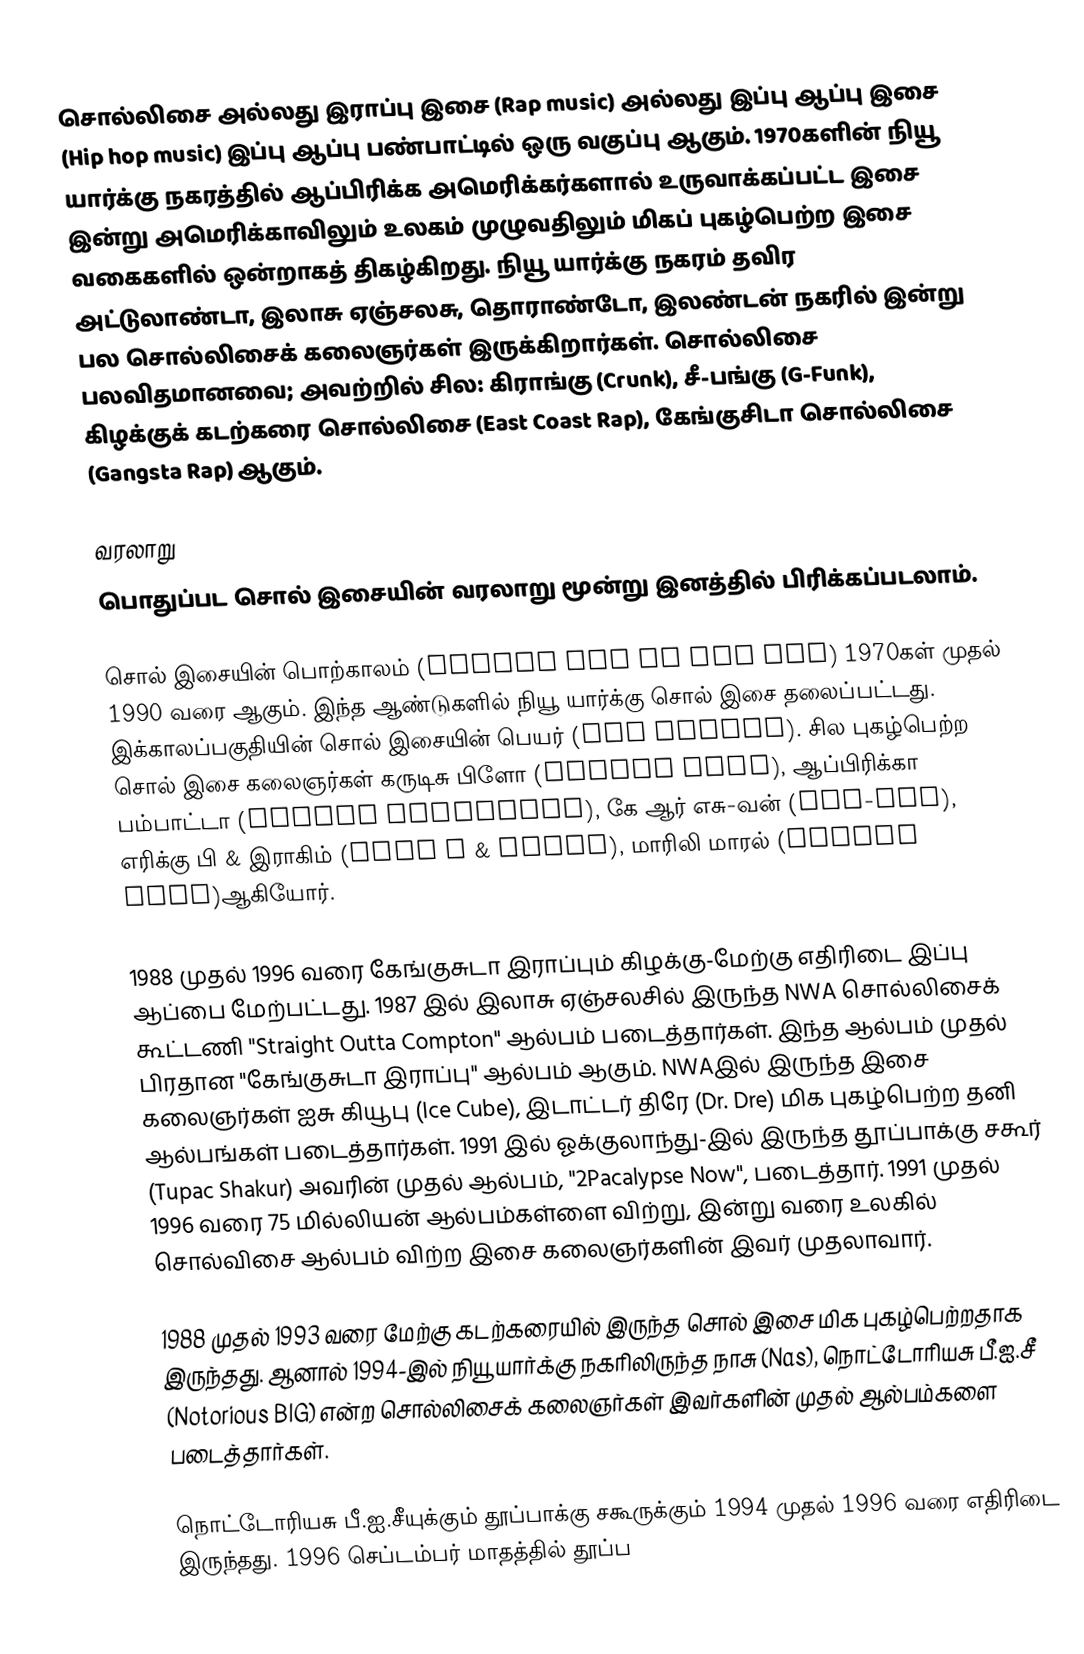
சொல்லிசை அல்லது இராப்பு இசை (Rap music) அல்லது இப்பு ஆப்பு இசை (Hip hop music) இப்பு ஆப்பு பண்பாட்டில் ஒரு வகுப்பு ஆகும். 1970களின் நியூ யார்க்கு நகரத்தில் ஆப்பிரிக்க அமெரிக்கர்களால் உருவாக்கப்பட்ட இசை இன்று அமெரிக்காவிலும் உலகம் முழுவதிலும் மிகப் புகழ்பெற்ற இசை வகைகளில் ஒன்றாகத் திகழ்கிறது. நியூ யார்க்கு நகரம் தவிர அட்டுலாண்டா, இலாசு ஏஞ்சலசு, தொராண்டோ, இலண்டன் நகரில் இன்று பல  சொல்லிசைக் கலைஞர்கள் இருக்கிறார்கள். சொல்லிசை பலவிதமானவை; அவற்றில் சில: கிராங்கு (Crunk), சீ-பங்கு (G-Funk), கிழக்குக் கடற்கரை சொல்லிசை (East Coast Rap), கேங்குசிடா சொல்லிசை (Gangsta Rap) ஆகும்.

வரலாறு
பொதுப்பட சொல் இசையின் வரலாறு மூன்று இனத்தில் பிரிக்கப்படலாம்.

சொல் இசையின் பொற்காலம் (Golden Age of Hip Hop) 1970கள் முதல் 1990 வரை ஆகும். இந்த ஆண்டுகளில் நியூ யார்க்கு சொல் இசை தலைப்பட்டது. இக்காலப்பகுதியின் சொல் இசையின் பெயர் (Old School). சில புகழ்பெற்ற சொல் இசை கலைஞர்கள் கருடிசு பிளோ (Kurtis Blow), ஆப்பிரிக்கா பம்பாட்டா (Afrika Bambaataa), கே ஆர் எசு-வன் (KRS-One), எரிக்கு பி & இராகிம் (Eric B & Rakim), மாரிலி மாரல் (Marley Marl)ஆகியோர்.

1988 முதல் 1996 வரை கேங்குசுடா இராப்பும் கிழக்கு-மேற்கு எதிரிடை இப்பு ஆப்பை மேற்பட்டது. 1987 இல் இலாசு ஏஞ்சலசில் இருந்த NWA சொல்லிசைக் கூட்டணி "Straight Outta Compton" ஆல்பம் படைத்தார்கள். இந்த ஆல்பம் முதல் பிரதான "கேங்குசுடா இராப்பு" ஆல்பம் ஆகும். NWAஇல் இருந்த இசை கலைஞர்கள் ஐசு கியூபு (Ice Cube), இடாட்டர் திரே (Dr. Dre) மிக புகழ்பெற்ற தனி ஆல்பங்கள் படைத்தார்கள். 1991 இல் ஓக்குலாந்து-இல் இருந்த தூப்பாக்கு சகூர் (Tupac Shakur) அவரின் முதல் ஆல்பம், "2Pacalypse Now", படைத்தார். 1991 முதல் 1996 வரை 75 மில்லியன் ஆல்பம்கள்ளை விற்று, இன்று வரை உலகில் சொல்விசை ஆல்பம் விற்ற இசை கலைஞர்களின் இவர் முதலாவார்.

1988 முதல் 1993 வரை மேற்கு கடற்கரையில் இருந்த சொல் இசை மிக புகழ்பெற்றதாக இருந்தது. ஆனால் 1994-இல் நியூ யார்க்கு நகரிலிருந்த நாசு (Nas), நொட்டோரியசு பீ.ஐ.சீ (Notorious BIG) என்ற சொல்லிசைக் கலைஞர்கள் இவர்களின் முதல் ஆல்பம்களை படைத்தார்கள்.

நொட்டோரியசு பீ.ஐ.சீயுக்கும் தூப்பாக்கு சகூருக்கும் 1994 முதல் 1996 வரை எதிரிடை இருந்தது. 1996 செப்டம்பர் மாதத்தில் தூப்ப